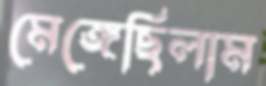
মেঙ্গেছিলাম